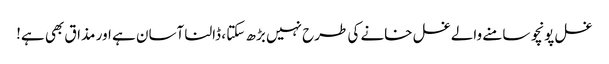
غسل پونچو سامنے والے غسل خانے کی طرح نہیں بڑھ سکتا ، ڈالنا آسان ہے اور مذاق بھی ہے!